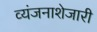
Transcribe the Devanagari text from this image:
व्यंजनाशेजारी